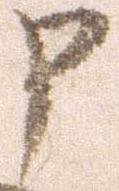
申